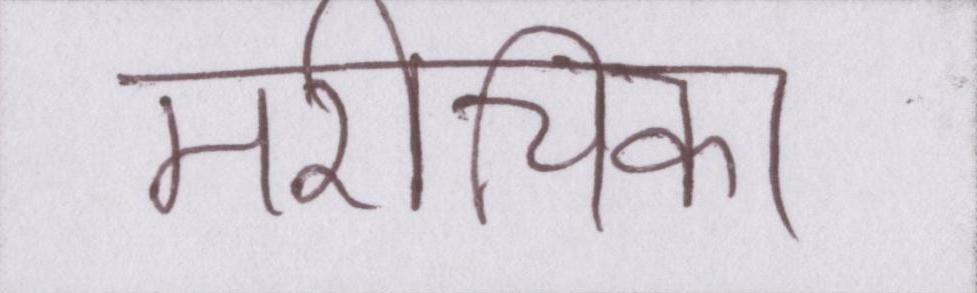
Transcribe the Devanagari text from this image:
मरीचिका